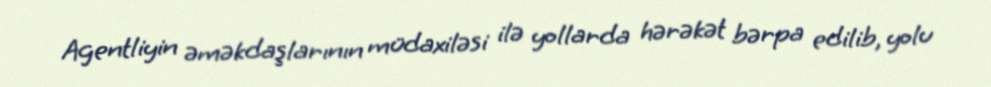
Agentliyin əməkdaşlarının müdaxiləsi ilə yollarda hərəkət bərpa edilib, yolu